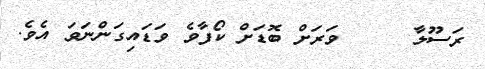
ރަސޫލާ     ވަރަށް ބޮޑަށް ކޯފާވެ ވަޑައިގަންނަވަ އެވެ.